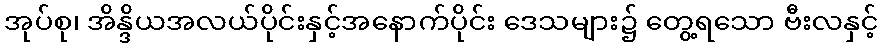
အုပ်စု၊ အိန္ဒိယအလယ်ပိုင်းနှင့်အနောက်ပိုင်း ဒေသများ၌ တွေ့ရသော ဗီးလနှင့်